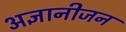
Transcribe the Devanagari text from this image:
अज्ञानीजन